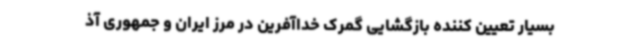
بسیار تعیین کننده بازگشایی گمرک خداآفرین در مرز ایران و جمهوری آذ